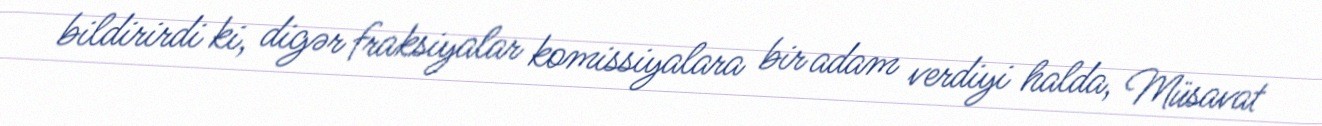
bildirirdi ki, digər fraksiyalar komissiyalara bir adam verdiyi halda, Müsavat